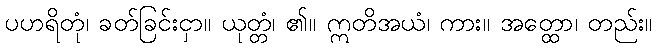
ပဟရိတုံ၊ ခတ်ခြင်းငှာ။ ယုတ္တံ၊ ၏။ ဣတိအယံ၊ ကား။ အတ္ထော၊ တည်း။